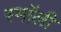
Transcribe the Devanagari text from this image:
स्माॅली